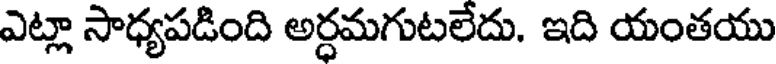
ఎట్లా సాధ్యపడింది అర్ధమగుటలేదు. ఇది యంతయు